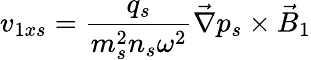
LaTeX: v_{1xs}=\frac{q_{s}}{m_{s}^{2}n_{s}\omega^{2}}\vec{\nabla}p_{s}\times\vec{B}_{1}